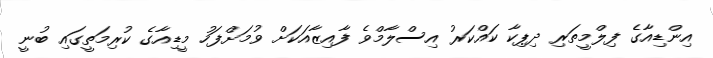
އިންޑިއާގެ ފިލްމީތަރި ދިޕިކާ ކައްކަރު އިސްލާމްވެ ފާއިޒާއަކަށް ވުމަށްފަހު މީޑިއާގެ ކުރިމަތީގައި ބުނީ